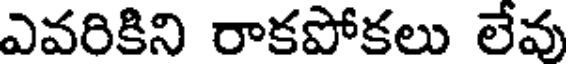
ఎవరికిని రాకపోకలు లేవు